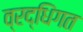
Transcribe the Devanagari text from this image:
व्रद्धिंगत